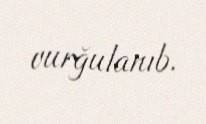
vurğulanıb.